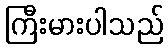
ကြီးမားပါသည်